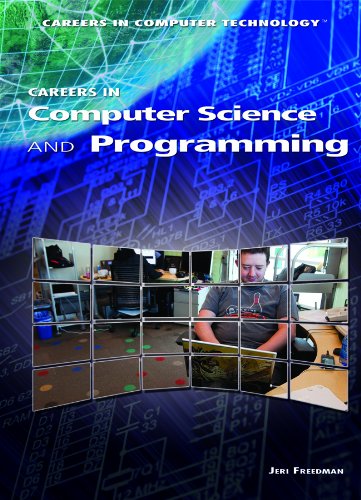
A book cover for Careers in Computer Science and Programming (Careers in Computer Technology); Jeri Freedman; Teen & Young Adult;